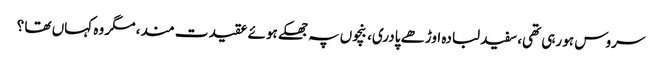
سروس ہو رہی تھی، سفید لبادہ اوڑھے پادری، بنچوں پہ جھکے ہوئے عقیدت مند، مگر وہ کہاں تھا ؟